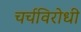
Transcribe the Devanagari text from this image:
चर्चविरोधी